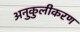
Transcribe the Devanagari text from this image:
अनुकुलीकरण